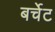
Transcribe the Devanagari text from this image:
बर्चेट